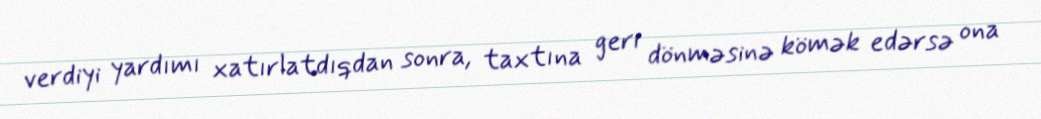
verdiyi yardımı xatırlatdıqdan sonra, taxtına geri dönməsinə kömək edərsə ona